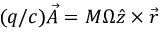
( q / c ) \vec { A } = M \Omega \hat { z } \times \vec { r }